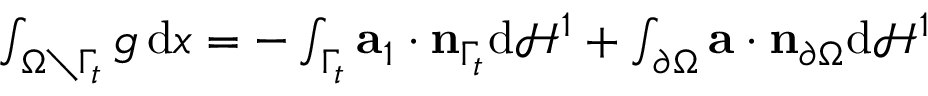
\begin{array} { r } { \int _ { \Omega \setminus \Gamma _ { t } } g \, \mathrm { d } x = - \int _ { \Gamma _ { t } } \mathbf { a } _ { 1 } \cdot \mathbf { n } _ { \Gamma _ { t } } \mathrm { d } \mathcal { \mathcal { H } } ^ { 1 } + \int _ { \partial \Omega } \mathbf { a } \cdot \mathbf { n } _ { \partial \Omega } \mathrm { d } \mathcal { H } ^ { 1 } } \end{array}